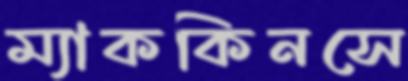
ম্যাককিনসে